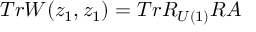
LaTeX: T r W ( z _ { 1 } , z _ { 1 } ) = T r R _ { U ( 1 ) } R A